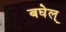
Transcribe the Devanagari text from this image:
बघेल्